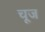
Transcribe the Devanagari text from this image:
चूज